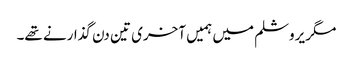
مگر یروشلم میں ہمیں آخری تین دن گذارنے تھے۔